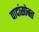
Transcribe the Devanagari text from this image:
वादांसोबत